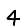
Digit: 4